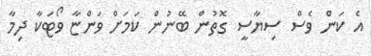
އެ ކަން ވެސް ސިޔާސީ ގޮތުން ބޭނުން ކަމަށް ވަންޏާ ވޯޓަކާ ދިމާ